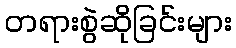
တရားစွဲဆိုခြင်းများ